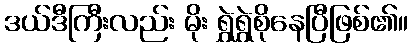
ဒယ်ဒီကြီးလည်း မိုး ရွှဲရွှဲစိုနေပြီဖြစ်၏။